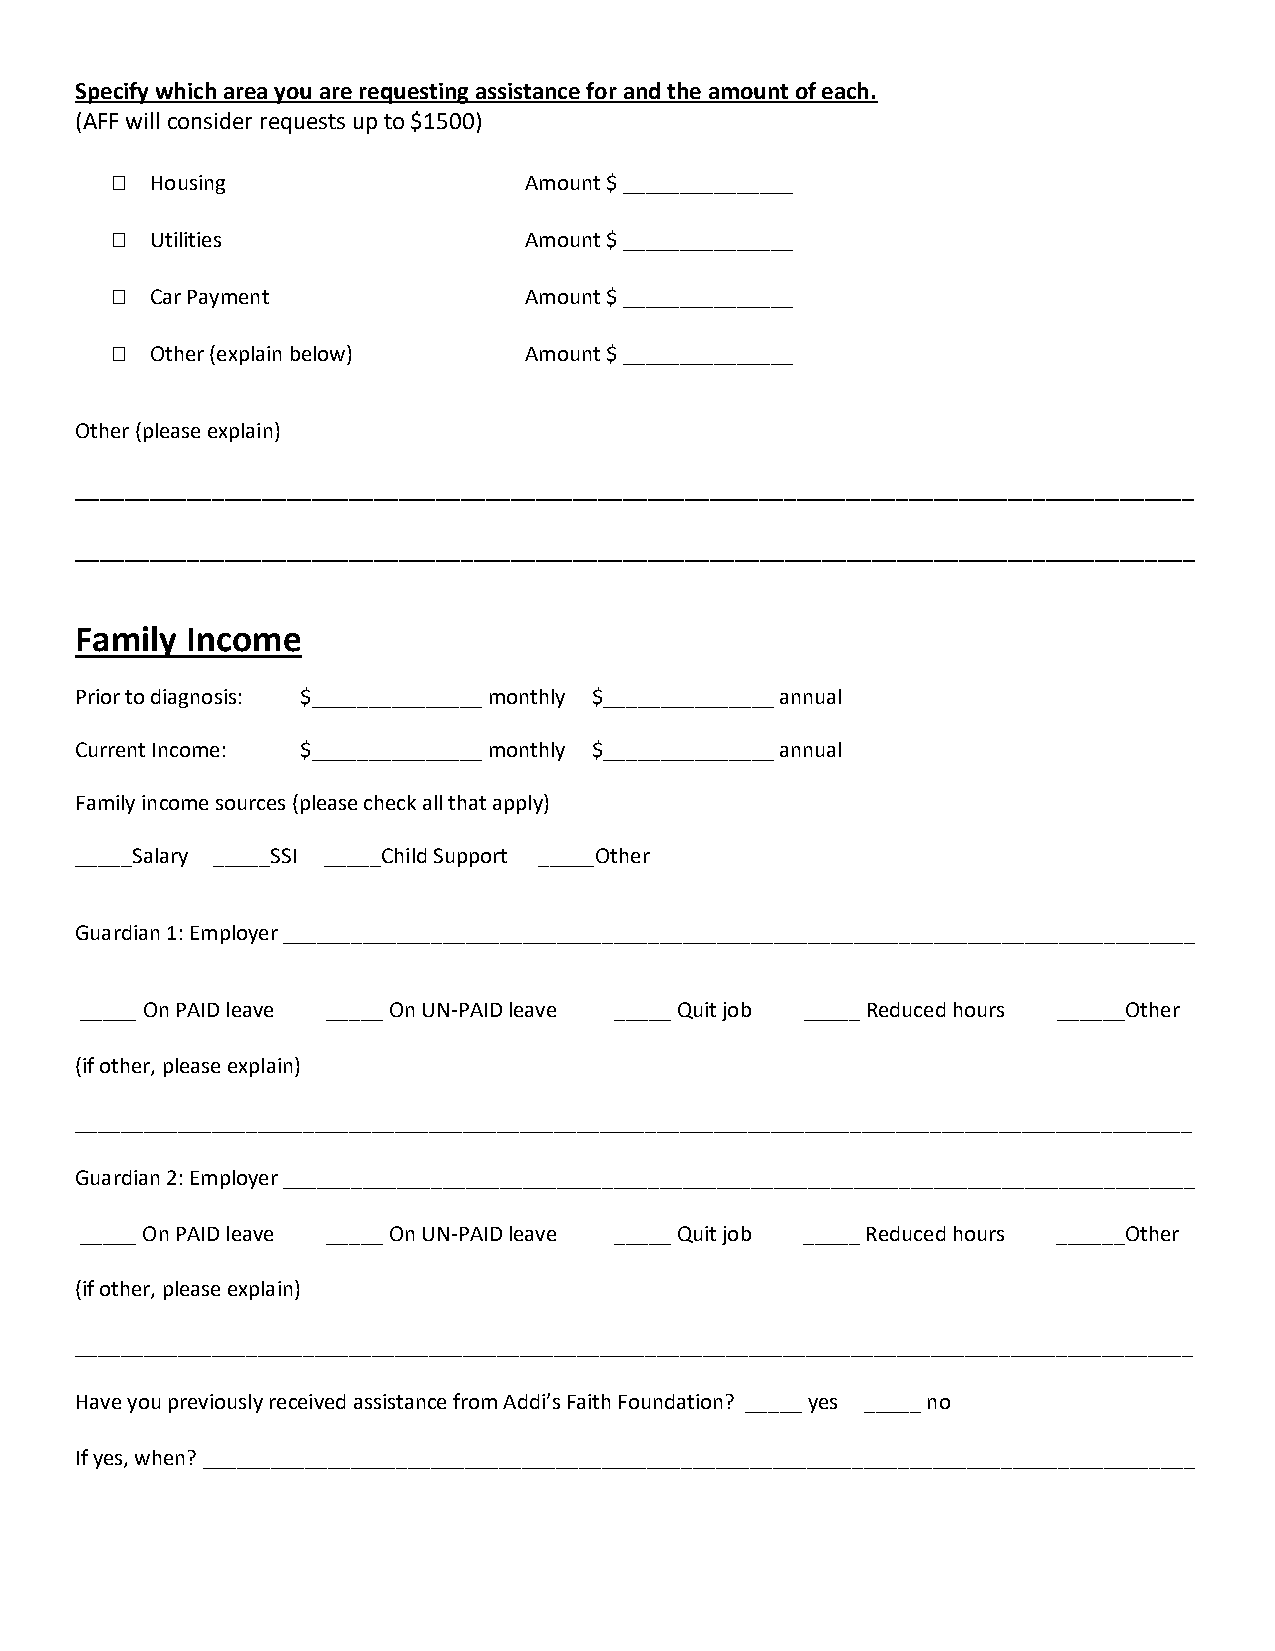
Specify which area you are requesting assistance for and the amount of each.
 (AFF will consider requests up to $1500)
   Housing                  Amount $ _______________
   Utilities                Amount $ _______________
   Car Payment              Amount $ _______________
   Other (explain below)    Amount $ _______________
 Other (please explain)
 __________________________________________________________________________________________
 __________________________________________________________________________________________
 Family Income
 Prior to diagnosis: $_______________ monthly $_______________ annual
 Current Income: $_______________ monthly $_______________ annual
 Family income sources (please check all that apply)
 _____Salary _____SSI _____Child Support _____Other
 Guardian 1: Employer ________________________________________________________________________________
 _____ On PAID leave _____ On UN-PAID leave _____ Quit job _____ Reduced hours ______Other
 (if other, please explain)
 __________________________________________________________________________________________________
 Guardian 2: Employer ________________________________________________________________________________
 _____ On PAID leave _____ On UN-PAID leave _____ Quit job _____ Reduced hours ______Other
 (if other, please explain)
 __________________________________________________________________________________________________
 Have you previously received assistance from Addi’s Faith Foundation? _____ yes _____ no
 If yes, when? _______________________________________________________________________________________